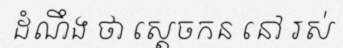
ដំណឹង ថា ស្តេចកន នៅ រស់